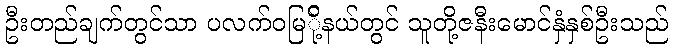
ဦးတည်ချက်တွင်သာ ပလက်ဝမြ်ို့နယ်တွင် သူတို့ဇနီးမောင်နှံနှစ်ဦးသည်